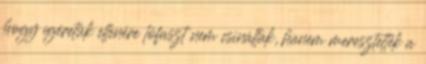
hogy ígéretük ellenére lófaszt nem csináltak, hanem meresztették a